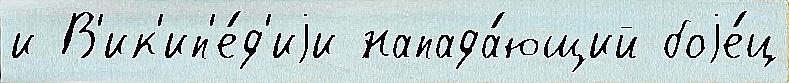
и В'ик'ип'е́д'иjи напада́ющий боjе́ц